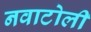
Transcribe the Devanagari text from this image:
नवाटोली